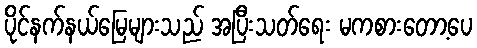
ပိုင်နက်နယ်မြေများသည် အပြီးသတ်ရေး မကစားတော့ပေ